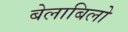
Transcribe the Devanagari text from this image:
बेलाबिलो